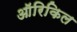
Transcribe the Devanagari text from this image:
ऑरिकिल